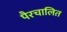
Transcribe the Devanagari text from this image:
पैरचालित